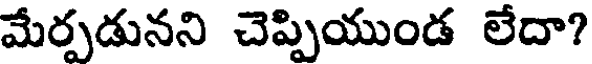
మేర్పడునని చెప్పియుండ లేదా?